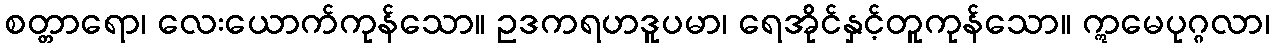
စတ္တာရော၊ လေးယောက်ကုန်သော။ ဥဒကရဟဒူပမာ၊ ရေအိုင်နှင့်တူကုန်သော။ ဣမေပုဂ္ဂလာ၊